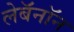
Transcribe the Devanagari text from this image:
लेबॅनॉन